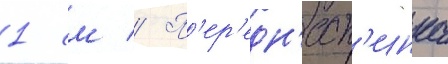
1 см // П'ер'едн'есп'инка